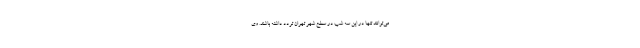
می‌توانند تنها در این سه شب در سطح شهر تهران تردد داشته باشند. وی